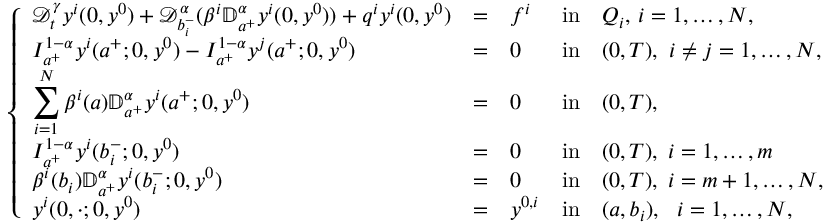
\left\{ \begin{array} { l l l l l l l l l l l l l l l l l } { \displaystyle { \mathcal D } _ { t } ^ { \gamma } y ^ { i } ( 0 , y ^ { 0 } ) + \mathcal { D } _ { b _ { i } ^ { - } } ^ { \alpha } ( \beta ^ { i } \mathbb { D } _ { a ^ { + } } ^ { \alpha } y ^ { i } ( 0 , y ^ { 0 } ) ) + q ^ { i } y ^ { i } ( 0 , y ^ { 0 } ) } & { = } & { f ^ { i } } & { \mathrm { i n } } & { Q _ { i } , \, i = 1 , \dots , N , } \\ { \displaystyle I _ { a ^ { + } } ^ { 1 - \alpha } y ^ { i } ( a ^ { + } ; 0 , y ^ { 0 } ) - I _ { a ^ { + } } ^ { 1 - \alpha } y ^ { j } ( a ^ { + } ; 0 , y ^ { 0 } ) } & { = } & { 0 } & { \mathrm { i n } } & { ( 0 , T ) , ~ i \neq j = 1 , \dots , N , } \\ { \displaystyle \sum _ { i = 1 } ^ { N } \beta ^ { i } ( a ) \mathbb { D } _ { a ^ { + } } ^ { \alpha } y ^ { i } ( a ^ { + } ; 0 , y ^ { 0 } ) } & { = } & { 0 } & { \mathrm { i n } } & { ( 0 , T ) , } \\ { \displaystyle I _ { a ^ { + } } ^ { 1 - \alpha } y ^ { i } ( b _ { i } ^ { - } ; 0 , y ^ { 0 } ) } & { = } & { 0 } & { \mathrm { i n } } & { ( 0 , T ) , \; i = 1 , \dots , m } \\ { \displaystyle \beta ^ { i } ( b _ { i } ) \mathbb { D } _ { a ^ { + } } ^ { \alpha } y ^ { i } ( b _ { i } ^ { - } ; 0 , y ^ { 0 } ) } & { = } & { 0 } & { \mathrm { i n } } & { ( 0 , T ) , \; i = m + 1 , \dots , N , } \\ { \displaystyle y ^ { i } ( 0 , \cdot ; 0 , y ^ { 0 } ) } & { = } & { y ^ { 0 , i } } & { \mathrm { i n } } & { ( a , b _ { i } ) , ~ ~ i = 1 , \dots , N , } \end{array} \right.